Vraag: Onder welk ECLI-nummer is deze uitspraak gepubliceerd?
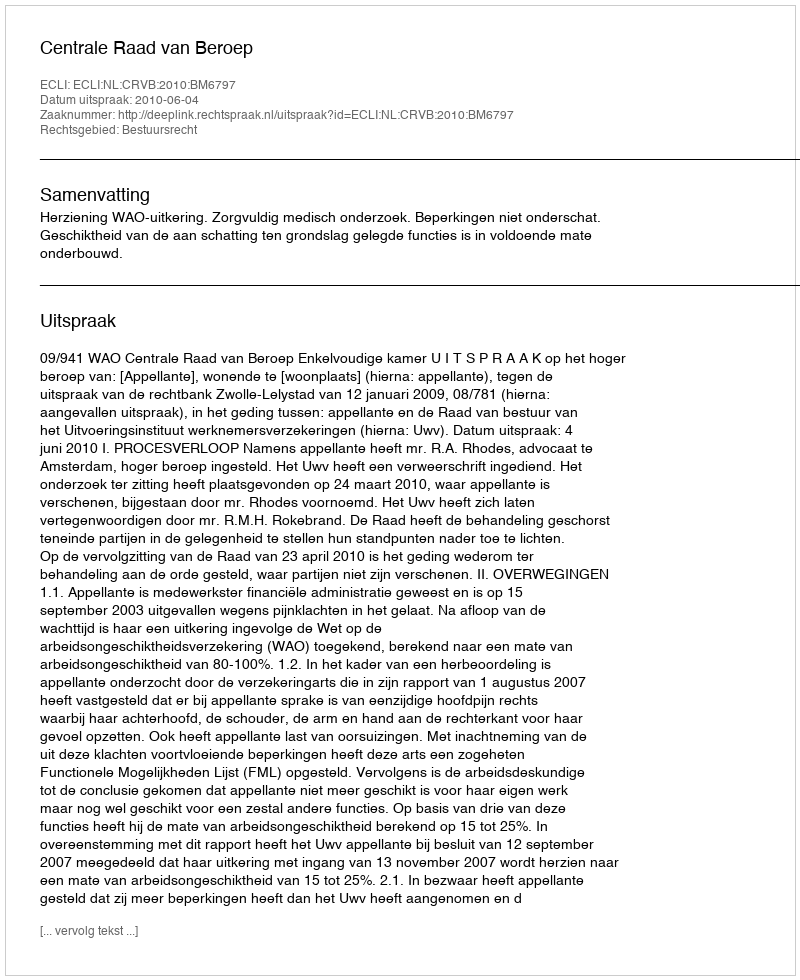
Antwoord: ECLI:NL:CRVB:2010:BM6797